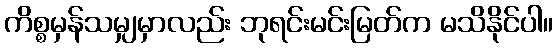
ကိစ္စမှန်သမျှမှာလည်း ဘုရင်းမင်းမြတ်က မသိနိုင်ပါ။